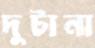
দুটানা